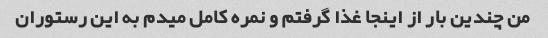
من چندین بار از اینجا غذا گرفتم و نمره کامل میدم به این رستوران